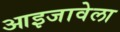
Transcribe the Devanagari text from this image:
आइजावेला